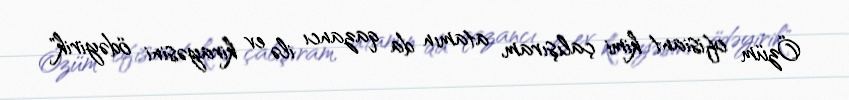
Özüm ofisiant kimi çalışıram, atamın da qazancı ilə ev kirayəsini ödəyirik"